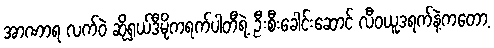
အာဏာရ လက်ဝဲ ဆိုရှယ်ဒီမိုကရက်ပါတီရဲ့ ဦးစီးခေါင်းဆောင် လီဝယူဒရက်နဲ့ကတော့